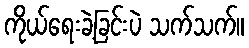
ကိုယ်ရေးခဲ့ခြင်းပဲ သက်သက်။